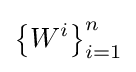
\left\{{W^{i}}\right\}_{i=1}^{n}